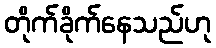
တိုက်ခိုက်နေသည်ဟု